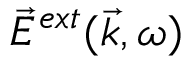
\vec { E } ^ { e x t } ( \vec { k } , \omega )